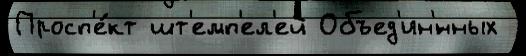
Просп'е́кт шт'емп'ел'ей Объед'ин'́нных